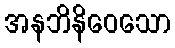
အနဘိနိဝေသော